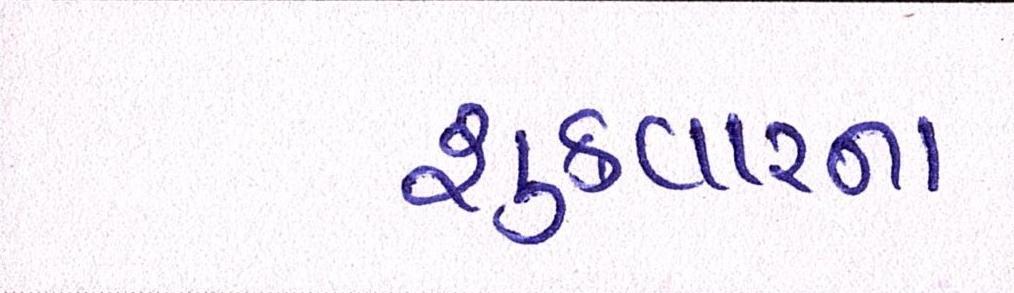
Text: શુક્રવારના